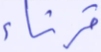
قرناء